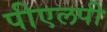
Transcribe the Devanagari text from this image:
पीएलपी